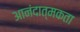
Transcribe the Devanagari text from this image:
आनंदात्मकता